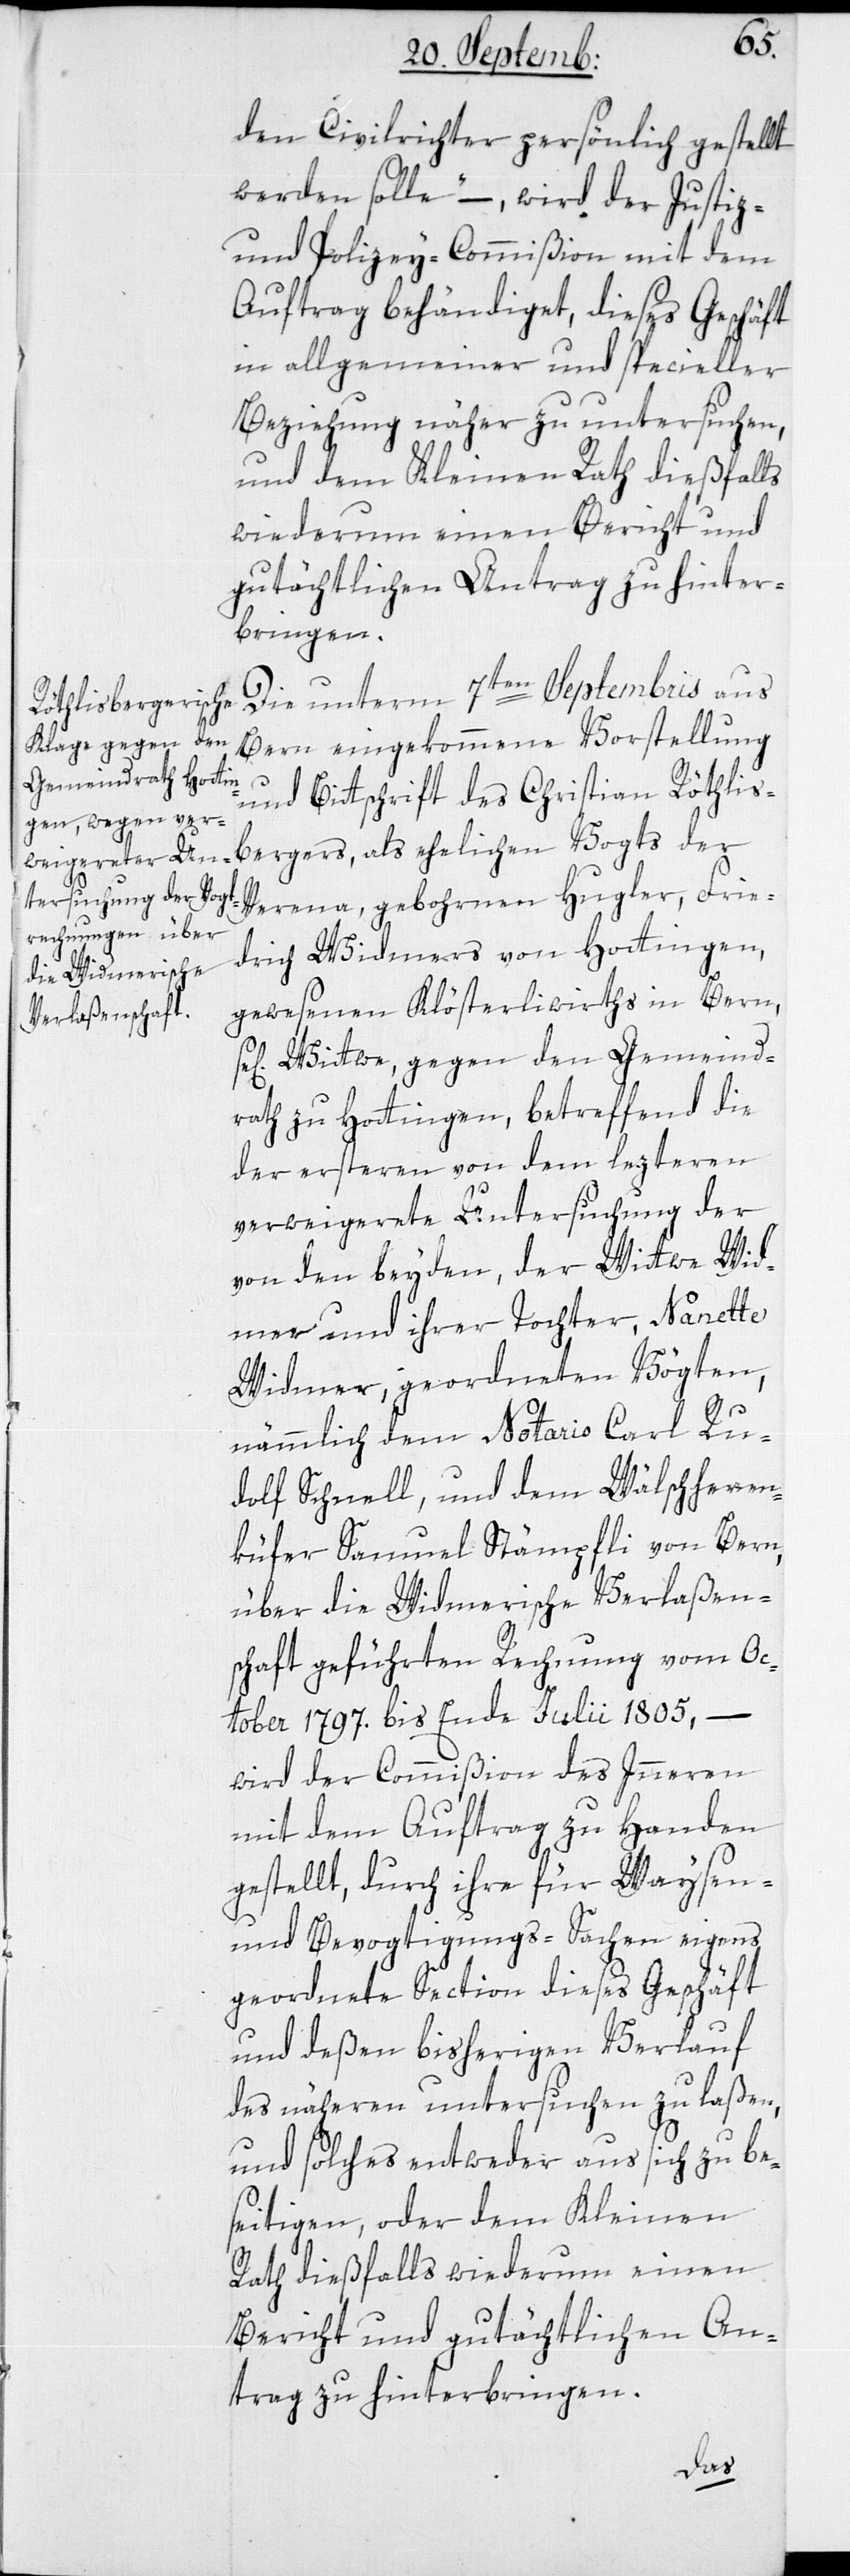
sel[i¬
den Civilrichter persönlich gestellt
werden solle“ –, wird der Justiz-
und Polizey-Commißion mit dem
Auftrag behändiget, dieses Geschäft
in allgemeiner und specieller
Beziehung näher zu untersuchen,
und dem Kleinen Rath dießfalls
wiederum einen Bericht und
gutächtlichen Antrag zu hinter¬
bringen.
Die unterm 7ten Septembris aus
Bern eingekommene Vorstellung
und Bittschrift des Christian Röthlisb¬
Verena, gebohrnen Hugler, Frie¬
drich Widmers von Hottingen,
gewesenen Klösterliwirths in Bern,
ge] Wittwe, gegen den Gemeind¬
rath zu Hottingen, betreffend die
der ersteren von dem lezteren
verweigerte Untersuchung der
von den beyden, der Wittwe Wid¬
mer und ihrer Tochter, Nanette
Widmer, geordneten Vögten,
nämmlich dem Notario Carl Ru¬
dolf Schnell und dem Wälschherren¬
küfer Samuel Stämpfli von Bern,
über die Widmerische Verlaßen¬
schaft geführten Rechnung vom Oc¬
tober 1797. bis Ende Julii 1805, –
wird der Commißion des Innern
mit dem Auftrag zu Handen
gestellt, durch ihre für Waysen-
und Bevogtigungs-Sachen eigens
geordnete Section dieses Geschäft
und deßen bisherigen Verlauf
des Nähern untersuchen zu laßen,
und solches entweder aus sich zu be¬
seitigen, oder dem Kleinen
Rath dießfalls wiederum einen
Bericht und gutächtlichen An¬
trag zu hinterbingen.
ergers,